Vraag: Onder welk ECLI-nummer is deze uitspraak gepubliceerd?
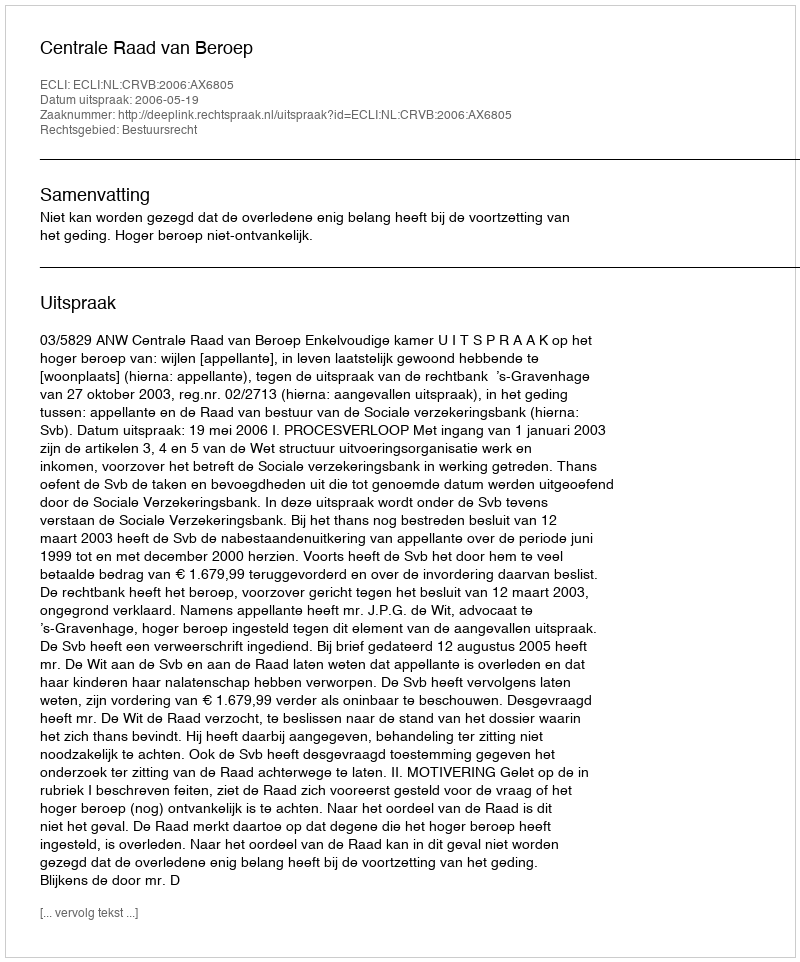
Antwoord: ECLI:NL:CRVB:2006:AX6805